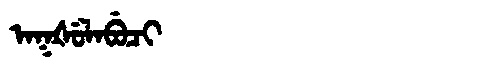
Manchu: ᠠᡴᡧᡠᠯᠠᠪᡠᠴᡳ
Romanization: AKŠULABUCI